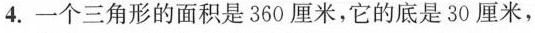
4.一个三角形的面积是360厘米，它的底是30厘米，